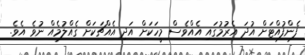
ފެންފުއްޓަށް އުދަ އެރުމުގައި އެއްވެސް މީހަކަށް އަދި އެއްޗަކަށް ގެއްލުމެއް ނުވެ އެވެ.